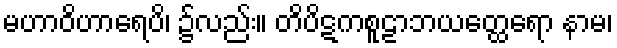
မဟာဝိဟာရေပိ၊ ၌လည်း။ တိပိဋကစူဠာဘယတ္ထေရော နာမ၊